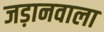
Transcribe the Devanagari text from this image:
जड़ानवाला